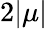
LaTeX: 2|\mu|